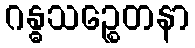
ဂန္ဓသဉ္စေတနာ